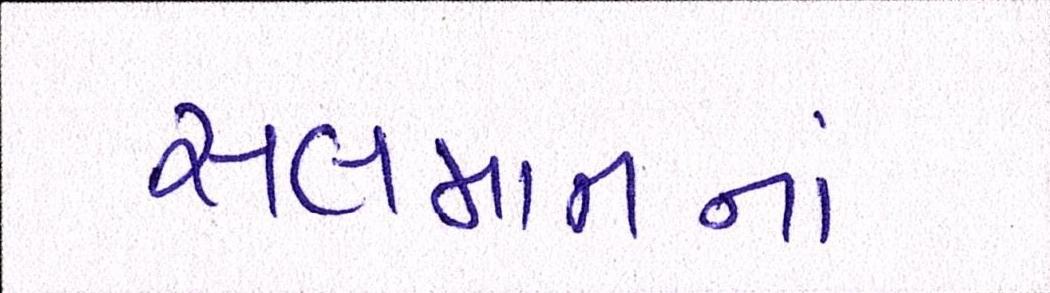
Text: સલમાનનાં